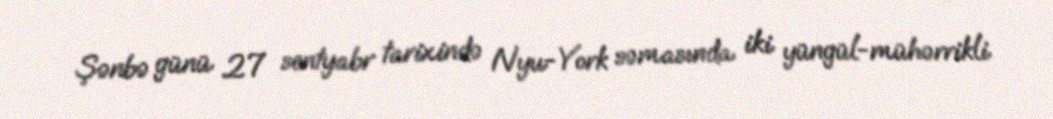
Şənbə günü 27 sentyabr tarixində Nyu-York səmasında iki yüngül-mühərrikli